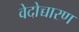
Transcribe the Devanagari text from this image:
वेदोच्चारण